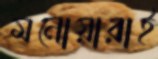
মনোয়ারাই